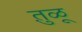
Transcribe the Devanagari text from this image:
तु़ळू